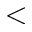
<